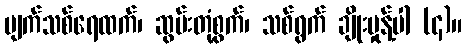
မျက်သစ်ရေထက်၊ ဆွမ်းတုံ့စွက်၊ သစ်ရွက် ချိုးမှုန့်ပါ (၄)။